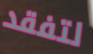
لتفقد